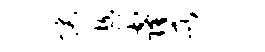
快趁窿所